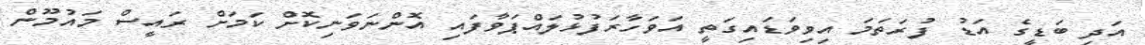
އަދި ބަޑީގެ އަޑު ފުރަތަމަ އިވިވަޑައިގަތީ އަވަހާރަފުޅުލައްޕަވާފައި އޮންނަވަނިކޮށް ކަމަށް ރައީސް މައުމޫން